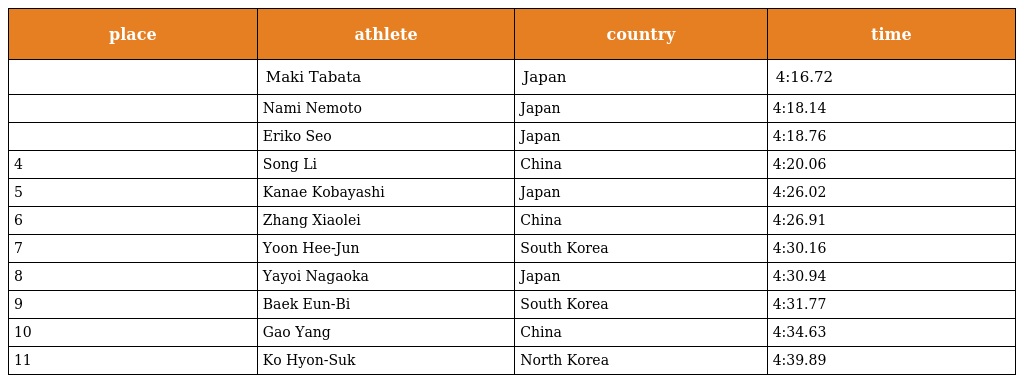
| place | athlete | country | time |
 | --- | --- | --- | --- |
 |  | Maki Tabata | Japan | 4:16.72 |
 |  | Nami Nemoto | Japan | 4:18.14 |
 |  | Eriko Seo | Japan | 4:18.76 |
 | 4 | Song Li | China | 4:20.06 |
 | 5 | Kanae Kobayashi | Japan | 4:26.02 |
 | 6 | Zhang Xiaolei | China | 4:26.91 |
 | 7 | Yoon Hee-Jun | South Korea | 4:30.16 |
 | 8 | Yayoi Nagaoka | Japan | 4:30.94 |
 | 9 | Baek Eun-Bi | South Korea | 4:31.77 |
 | 10 | Gao Yang | China | 4:34.63 |
 | 11 | Ko Hyon-Suk | North Korea | 4:39.89 |